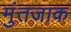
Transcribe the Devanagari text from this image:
मुंतजाक